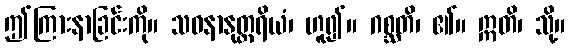
ဤကြားနာခြင်းကို။ သဝနာနုတ္တရိယံ၊ ဟူ၍။ ဂစ္ဆတိ၊ ၏။ ဣတိ၊ သို့။